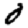
Digit: 0